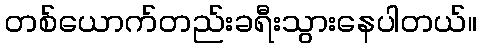
တစ်ယောက်တည်းခရီးသွားနေပါတယ်။